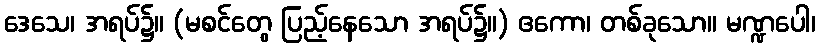
ဒေသေ၊ အရပ်၌။ (မစင်တွေ ပြည့်နေသော အရပ်၌။) ဧကော၊ တစ်ခုသော။ မဏ္ဍပေါ၊